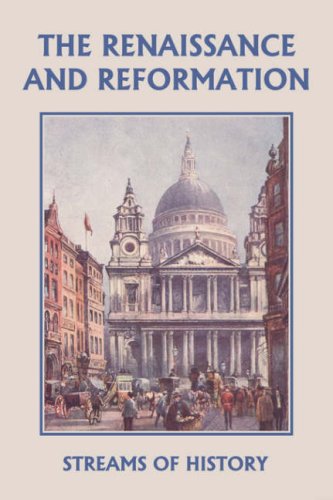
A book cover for Streams of History: The Renaissance and Reformation (Yesterday's Classics); Ellwood W. Kemp; Children's Books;